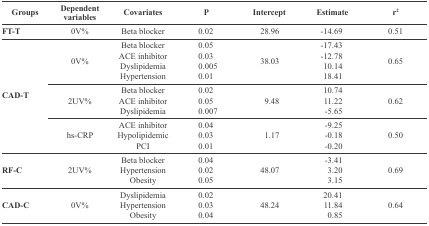
<table><thead><tr><td><b>Groups</b></td><td><b>Dependent variables</b></td><td><b>Covariates</b></td><td><b>P</b></td><td><b>Intercept</b></td><td><b>Estimate</b></td><td><b>r<sup>2</sup></b></td></tr></thead><tbody><tr><td>FT-T</td><td>0V%</td><td>Beta blocker</td><td>0.02</td><td>28.96</td><td>-14.69</td><td>0.51</td></tr><tr><td rowspan="10">CAD-T </td><td rowspan="4">0V%</td><td>Beta blocker</td><td>0.05</td><td rowspan="4">38.03</td><td>-17.43</td><td rowspan="4">0.65</td></tr><tr><td>ACE inhibitor</td><td>0.03</td><td>-12.78</td></tr><tr><td>Dyslipidemia</td><td>0.005</td><td>10.14</td></tr><tr><td>Hypertension </td><td>0.01 </td><td>18.41</td></tr><tr><td rowspan="3">2UV%</td><td>Beta blocker</td><td>0.02</td><td rowspan="3">9.78</td><td>10.74</td><td rowspan="3">0.62</td></tr><tr><td>ACE inhibitor </td><td>0.05</td><td>11.22</td></tr><tr><td>Dyslipidemia</td><td>0.007</td><td>-5.65</td></tr><tr><td rowspan="3">hs-CRP</td><td>ACE inhibitor</td><td>0.04</td><td rowspan="3">1.17</td><td>-9.25</td><td rowspan="3">0.50</td></tr><tr><td>Hypolipidemic </td><td>0.03</td><td>-0.18</td></tr><tr><td>PCI</td><td>0.01</td><td>-0.20</td></tr><tr><td rowspan="3">RF-C </td><td rowspan="3">2UV%</td><td>Beta blocker</td><td>0.04</td><td rowspan="3">48.07</td><td>-3.41</td><td rowspan="3">0.69</td></tr><tr><td>Hypertension</td><td>0.02</td><td>3.20</td></tr><tr><td>Obesity</td><td>0.05</td><td>3.15</td></tr><tr><td rowspan="3">CAD-C</td><td rowspan="3">0V%</td><td>Dyslipidemia</td><td>0.02</td><td rowspan="3">48.24</td><td>20.41</td><td rowspan="3">0.64</td></tr><tr><td>Hypertension</td><td>0.03</td><td>11.84</td></tr><tr><td>Obesity</td><td>0.04</td><td>0.85</td></tr></tbody></table>